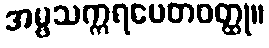
အမ္ဗသက္ကရပေတဝတ္ထု။